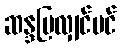
ဆန္ဒပြလျှင်ပင်